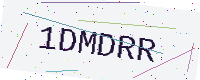
Text: 1DMDRR